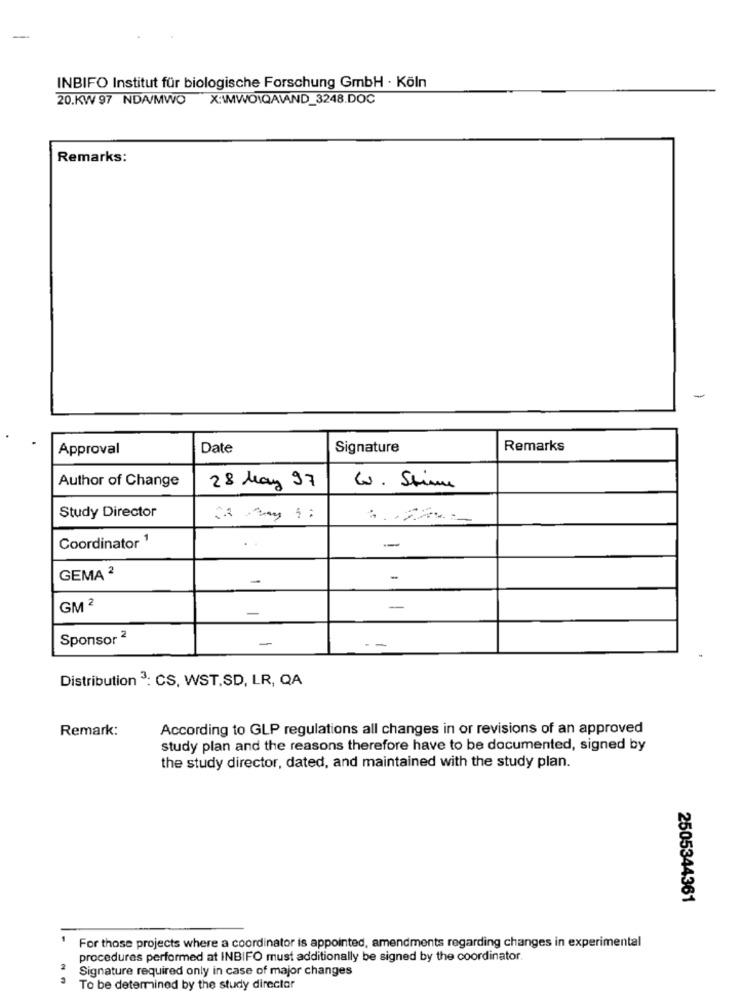
INBIFO Institut für biologische Forschung GmbH · Köln
20.KW 97 NDA/MWO X:\MWOIQAVAND_3248.DOC
Remarks:
-
Approval
Date
Signature
Remarks
Author of Change
28 Mars 97
W. Stime
Study Director
Coordinator 1
-
GEMA 2
-
GM 2
-
-
Sponsor 2
Distribution 3: CS, WST,SD, LR, QA
Remark:
According to GLP regulations all changes in or revisions of an approved
study plan and the reasons therefore have to be documented, signed by
the study director, dated, and maintained with the study plan.
2505344361
For those projects where a coordinator is appointed, amendments regarding changes in experimental
procedures performed at INBIFO must additionally be signed by the coordinator.
Signature required only in case of major changes
To be determined by the study director